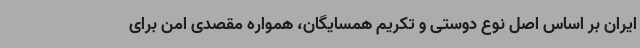
ایران بر اساس اصل نوع دوستی و تکریم همسایگان، همواره مقصدی امن برای